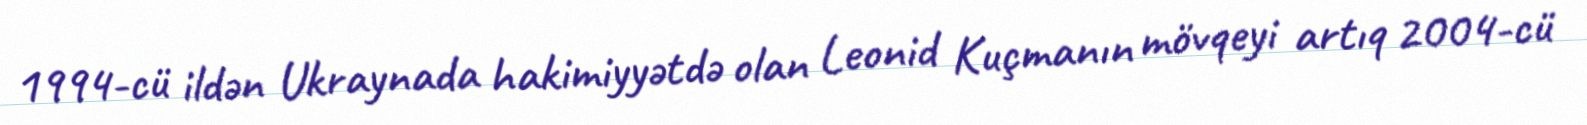
1994-cü ildən Ukraynada hakimiyyətdə olan Leonid Kuçmanın mövqeyi artıq 2004-cü